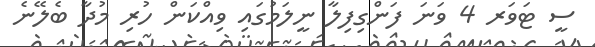
ސީ ޓަވަރ 4 ވަނަ ފަންގިފިލާ ނީލަމުގައި ވިއްކަން ހުރި މުދާ ބެލޭނެ